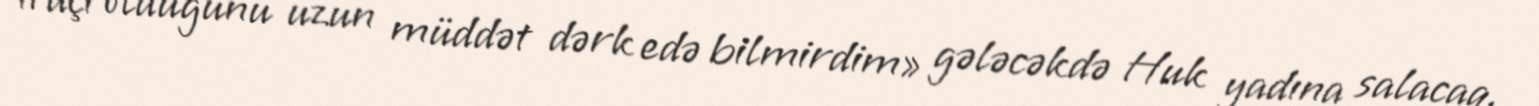
ifaçı olduğunu uzun müddət dərk edə bilmirdim» gələcəkdə Huk yadına salacaq.